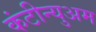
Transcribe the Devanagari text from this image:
कंटीन्युअम